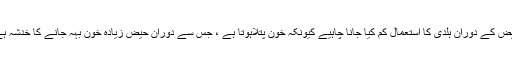
حیض کے دوران ہلدی کا استعمال کم کیا جانا چاہیے کیونکہ خون پتلاہوتا ہے ، جس سے دوران حیض زیادہ خون بہہ جانے کا خدشہ ہے۔